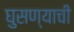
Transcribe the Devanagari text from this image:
घुसण्याची